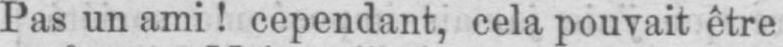
Pas un ami! cependant, cela pouvait être